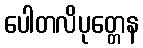
ပေါတလိပုတ္တေန